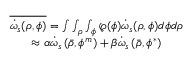
\begin{array} { c } { { { \overline { { { \dot { \omega } _ { s } ( \rho , \phi ) } } } = \int \int _ { \rho } \int _ { \phi } \wp ( \phi ) \dot { \omega } _ { s } ( \rho , \phi ) d \phi d \rho } } } \\ { { { \approx \alpha \dot { \omega } _ { s } \left( \bar { \rho } , \phi ^ { m } \right) + \beta \dot { \omega } _ { s } \left( \bar { \rho } , \phi ^ { * } \right) } } } \end{array}